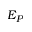
E _ { P }